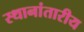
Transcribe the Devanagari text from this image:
स्थानांतारीय